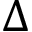
\Delta